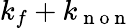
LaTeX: k_{f}+k_{\mathrm{~n~o~n~}}